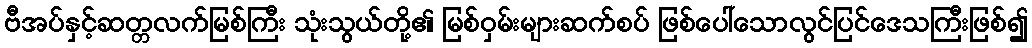
ဗီအပ်နှင့်ဆတ္တလက်မြစ်ကြီး သုံးသွယ်တို့၏ မြစ်ဝှမ်းများဆက်စပ် ဖြစ်ပေါ်သောလွင်ပြင်ဒေသကြီးဖြစ်၍